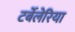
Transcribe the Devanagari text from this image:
टर्बेलेरिया